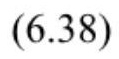
$(6.38)$